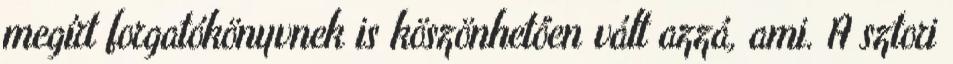
megírt forgatókönyvnek is köszönhetően vált azzá, ami. A sztori